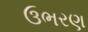
ઉભરણ